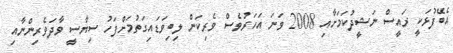
އެބޭފުޅަކީ ރައީސް ނަޝީދުކަމަށާއި 2008 ވަނަ އަހަރުވެސް ވެރިކަން ލިބިވަޑައިގަތުމަށްފަހު ސިޔާސީ ވާދަވެރިންނާއި